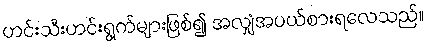
ဟင်းသီးဟင်းရွက်များဖြစ်၍ အလျှံအပယ်စားရလေသည်။